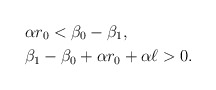
\begin{align*}&\alpha r_0<\beta_0-\beta_1,\\&\beta_1-\beta_0+\alpha r_0+\alpha \ell>0.\end{align*}